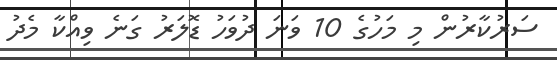
ސަރުކާރުން މި މަހުގެ 10 ވަނަ ދުވަހު ޑޮލަރު ގަނެ ވިއްކާ މެދު